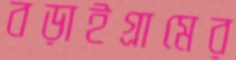
বড়াইগ্রামের